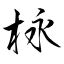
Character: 栐